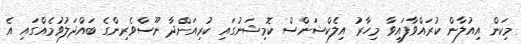
މިކަން އިއުލާން ކުރައްވާފައިވާ މިހާރު އިލެކްޝަންސް ކޮމިޝަނުގައި ކުރިއަށްދާ ނޫސްވެރިންގެ ބައްދަލުވުމެއްގައި އެ